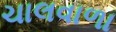
ચાલવાળા